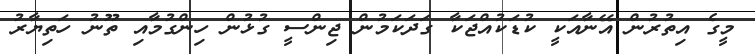
މީގެ އިތުރުން އޭނާއަކީ ކުޑަކުއްޖަކާ ގަދަކަމުން ޖިންސީ ގުޅުން ހިންގުމާއި ތޫނު ހަތިޔާރު